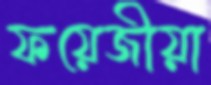
ফয়েজীয়া